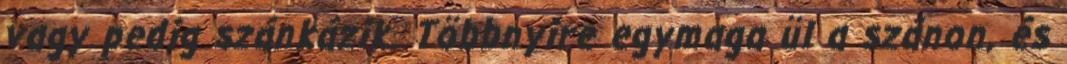
vagy pedig szánkázik. Többnyire egymaga ül a szánon, és